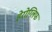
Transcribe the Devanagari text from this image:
हेरोग्लिफ